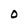
Character: 0